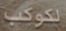
لكوكب